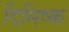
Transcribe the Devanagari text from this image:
दिमिष्क